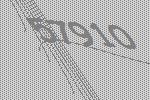
57910